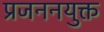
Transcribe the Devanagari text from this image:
प्रजननयुक्त